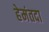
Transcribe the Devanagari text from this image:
हेमंतदा